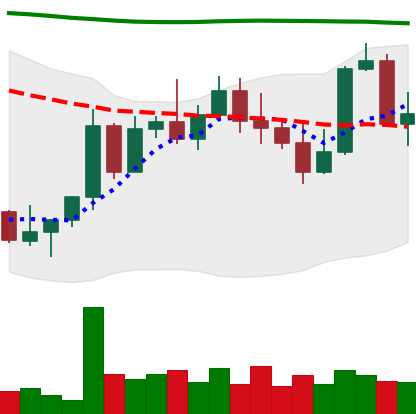
Ticker: NEO-USD
Chart end date: 2022-11-07
Forward return: -24.108%
Label: down_7plus